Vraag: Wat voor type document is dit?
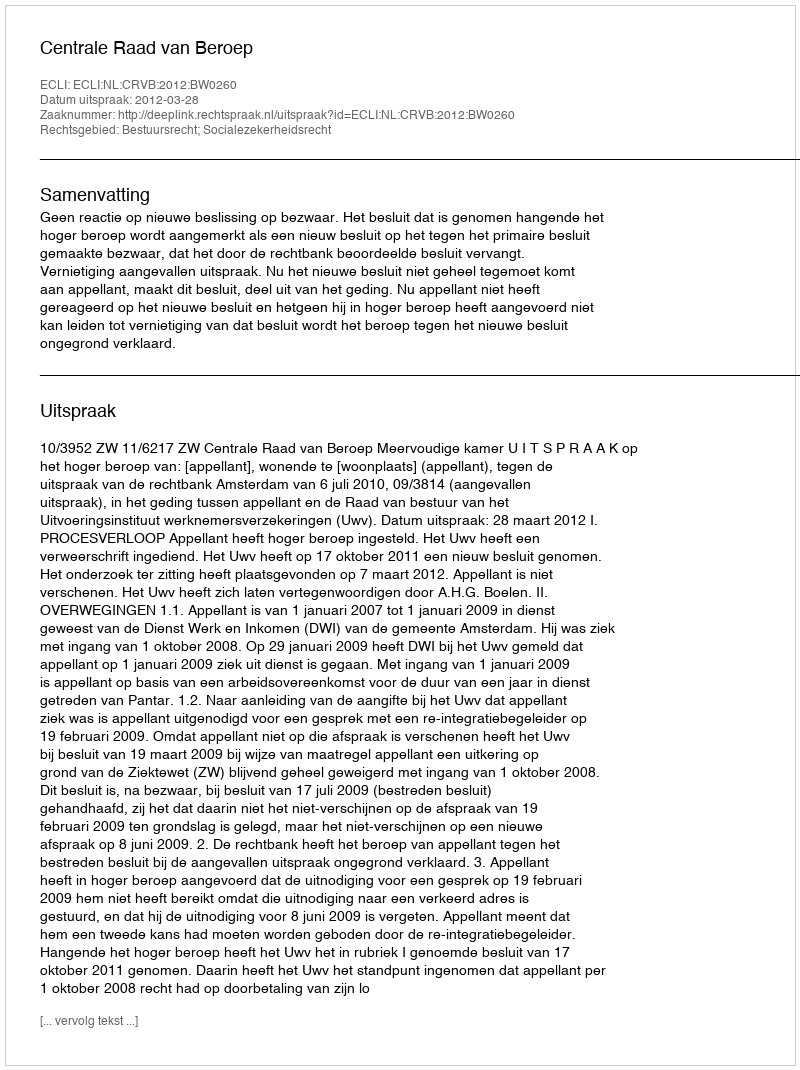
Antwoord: Uitspraak